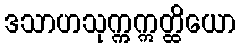
ဒသာဟသုက္ကဣတ္ထိယော